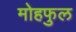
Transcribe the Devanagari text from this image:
मोहफुल